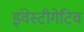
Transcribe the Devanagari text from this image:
इंवेस्टीगेटिव